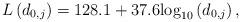
LaTeX: \begin{align*}L\left(d_{0,j}\right)=128.1 + 37.6{\log _{10}}\left( {{d_{{{0,j}}}}} \right),\end{align*}